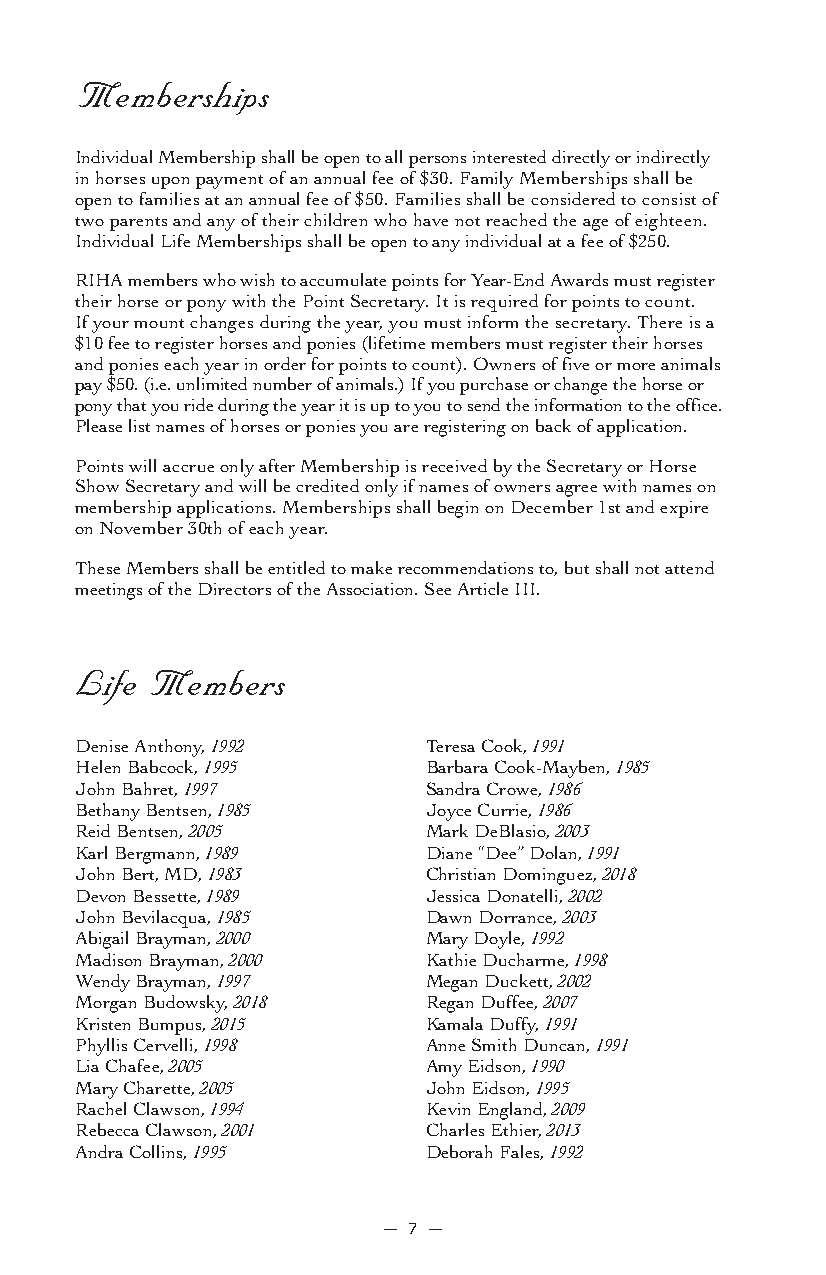
Memberships
 Individual Membership shall be open to all persons interested directly or indirectly
 in horses upon payment of an annual fee of $30. Family Memberships shall be
 open to families at an annual fee of $50. Families shall be considered to consist of
 two parents and any of their children who have not reached the age of eighteen.
 Individual Life Memberships shall be open to any individual at a fee of $250.
 RIHA members who wish to accumulate points for Year-End Awards must register
 their horse or pony with the Point Secretary. It is required for points to count.
 If your mount changes during the year, you must inform the secretary. There is a
 $10 fee to register horses and ponies (lifetime members must register their horses
 and ponies each year in order for points to count). Owners of five or more animals
 pay $50. (i.e. unlimited number of animals.) If you purchase or change the horse or
 pony that you ride during the year it is up to you to send the information to the office.
 Please list names of horses or ponies you are registering on back of application.
 Points will accrue only after Membership is received by the Secretary or Horse
 Show Secretary and will be credited only if names of owners agree with names on
 membership applications. Memberships shall begin on December 1st and expire
 on November 30th of each year.
 These Members shall be entitled to make recommendations to, but shall not attend
 meetings of the Directors of the Association. See Article III.
 Life Members
 Denise Anthony, 1992   Teresa Cook, 1991
 Helen Babcock, 1995    Barbara Cook-Mayben, 1985
 John Bahret, 1997      Sandra Crowe, 1986
 Bethany Bentsen, 1985  Joyce Currie, 1986
 Reid Bentsen, 2005     Mark DeBlasio, 2003
 Karl Bergmann, 1989    Diane “Dee” Dolan, 1991
 John Bert, MD, 1983    Christian Dominguez, 2018
 Devon Bessette, 1989   Jessica Donatelli, 2002
 John Bevilacqua, 1985  Dawn Dorrance, 2003
 Abigail Brayman, 2000  Mary Doyle, 1992
 Madison Brayman, 2000  Kathie Ducharme, 1998
 Wendy Brayman, 1997    Megan Duckett, 2002
 Morgan Budowsky, 2018  Regan Duffee, 2007
 Kristen Bumpus, 2015   Kamala Duffy, 1991
 Phyllis Cervelli, 1998 Anne Smith Duncan, 1991
 Lia Chafee, 2005       Amy Eidson, 1990
 Mary Charette, 2005    John Eidson, 1995
 Rachel Clawson, 1994   Kevin England, 2009
 Rebecca Clawson, 2001  Charles Ethier, 2013
 Andra Collins, 1995    Deborah Fales, 1992
 — 7 —